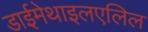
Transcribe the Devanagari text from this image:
डाईमेथाइलएलिल